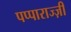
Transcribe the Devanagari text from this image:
पप्पाराज्ज़ी